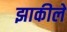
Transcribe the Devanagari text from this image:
झाकीले